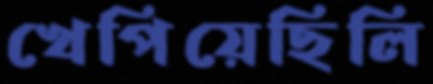
খেপিয়েছিলি